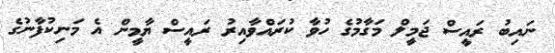
ނައިބު ރައީސް ޖަމީލް މަގާމުގެ ހުވާ ކުރައްވާއިރު ރައީސް ޔާމީން އެ މަނިކުފާނުގެ